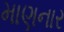
માણનાર